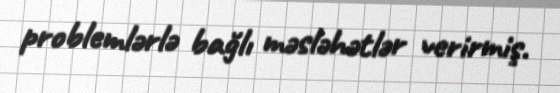
problemlərlə bağlı məsləhətlər verirmiş.